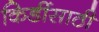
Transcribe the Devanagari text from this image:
किडींसाठी